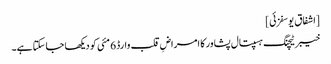
[اشفاق یوسفزئی]
خیبر ٹیچنگ ہسپتال پشاور کا امراضِ قلب وارڈ 6 مئی کو دیکھا جا سکتا ہے۔